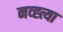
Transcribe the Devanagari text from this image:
नव्ह्त्या